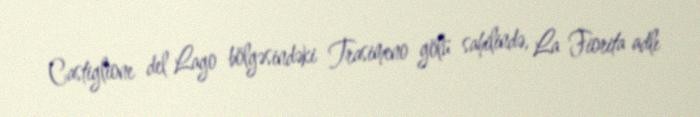
Castiglione del Lago bölgəsindəki Trasimeno gölü sahilində, La Fiorita adlı